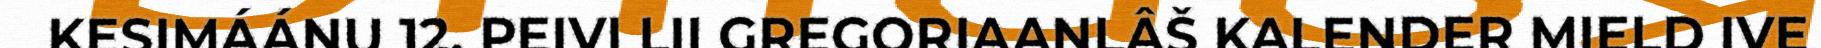
KESIMÁÁNU 12. PEIVI LII GREGORIAANLÂŠ KALENDER MIELD IVE